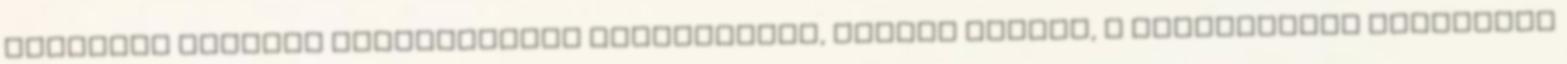
tûzjelzõ kábelek elkülönített csatornában, csõben mennek, a megfelelõen rögzített